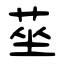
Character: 莝